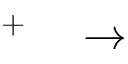
^ + \quad \rightarrow